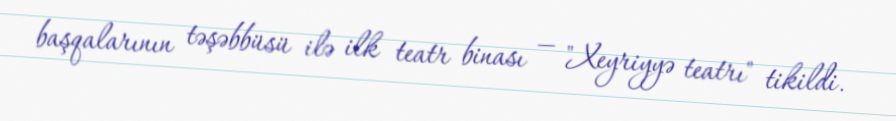
başqalarının təşəbbüsü ilə ilk teatr binası — "Xeyriyyə teatrı" tikildi.